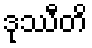
ဒုဿီတိ